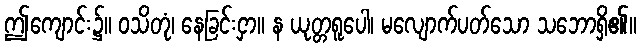
ဤကျောင်း၌။ ဝသိတုံ၊ နေခြင်းငှာ။ န ယုတ္တရူပေါ၊ မလျောက်ပတ်သော သဘောရှိ၏။